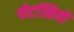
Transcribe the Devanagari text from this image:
पोर्टासियो